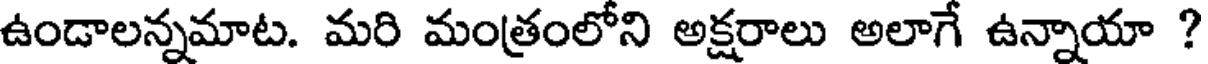
ఉండాలన్నమాట. మరి మంత్రంలోని అక్షరాలు అలాగే ఉన్నాయా ?